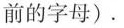
前的字母).